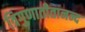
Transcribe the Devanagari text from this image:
त्रिगुणातीतानन्द